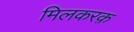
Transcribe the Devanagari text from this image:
मिलकरक़